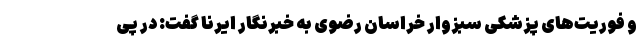
و فوریت‌های پزشکی سبزوار خراسان رضوی به خبرنگار ایرنا گفت: در پی